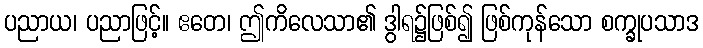
ပညာယ၊ ပညာဖြင့်။ ဧတေ၊ ဤကိလေသာ၏ ဒွါရ၌ဖြစ်၍ ဖြစ်ကုန်သော စက္ခုပသာဒ